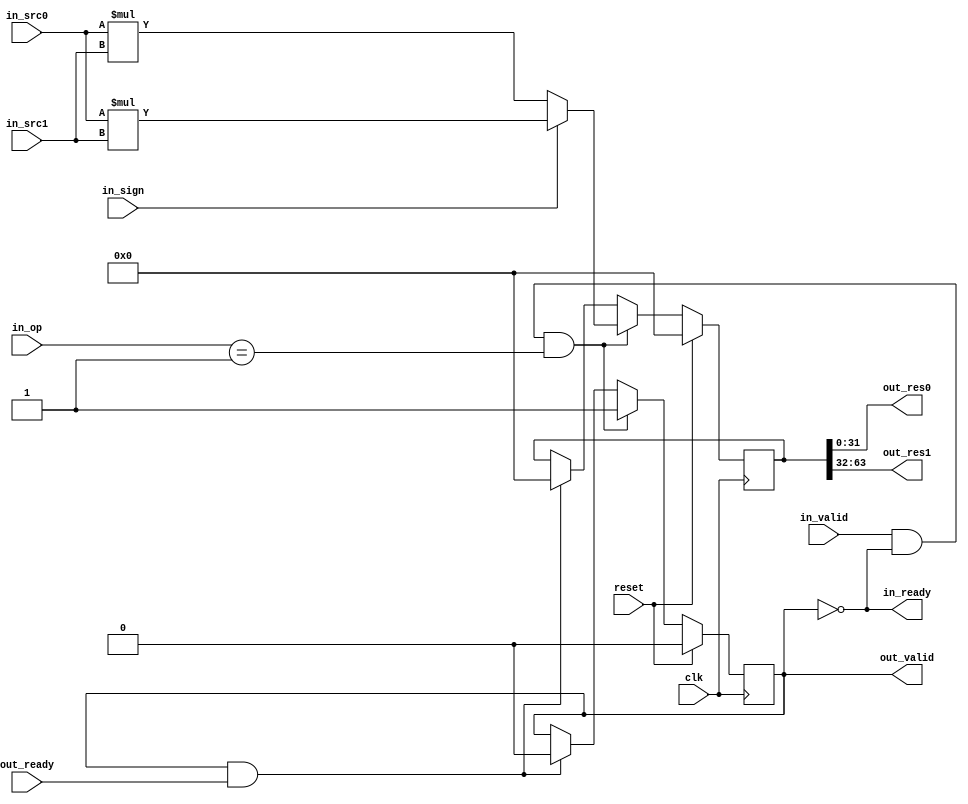
`define  IDLE 2'b00
`define  MUL  2'b01
`define  DIV  2'b10

module MulUnit(
    input wire clk,
    input wire reset,
    input wire [31:0] in_src0,
    input wire [31:0] in_src1,
    input wire [1:0] in_op,
    input wire in_sign,
    output wire in_ready,
    input wire in_valid,
    input wire out_ready,
    output wire out_valid,
    output wire [31:0] out_res0,
    output wire [31:0] out_res1
);
    reg done;
    reg [63:0] tmp;
    wire signed [63:0] sr = $signed(in_src0) * $signed(in_src1);
    wire [63:0] usr = in_src0 * in_src1;

    assign {out_res1, out_res0, in_ready, out_valid} = {tmp, !done, done};

    always@(posedge clk) begin
        if(reset) begin
            done <= 'h0;
            tmp <= 'h0;
        end 
        else if(in_valid & in_ready & (in_op == `MUL)) begin
            tmp <= in_sign ? sr : usr;
            done <= 'h1;
        end 
        else if(out_valid & out_ready) begin
            tmp <= 'h0;
            done <= 'h0;
        end
    end
endmodule

module DivUnit(
    input wire clk,
    input wire reset,
    input wire [31:0] in_src0,
    input wire [31:0] in_src1,
    input wire [1:0] in_op,
    input wire in_sign,
    output wire in_ready,
    input wire in_valid,
    input wire out_ready,
    output wire out_valid,
    output wire [31:0] out_res0,
    output wire [31:0] out_res1
);
    wire negSrcBits [1:0];
    wire [31:0] absSrc [1:0];
    wire [63:0] absSrc64 [1:0];
    reg busy;
    reg [31:0] timer;
    reg [66:0] tmps [3:0];
    reg negResBits [1:0];
    wire [66:0] subs [2:0];
    wire[31:0] tmp[1:0];

    assign {negSrcBits[1], negSrcBits[0]} = {in_src1[31] & in_sign, in_src0[31] & in_sign};
    assign {absSrc[1], absSrc[0]} = {negSrcBits[1] ? -in_src1 : in_src1, negSrcBits[0] ? -in_src0 : in_src0};
    assign {absSrc64[1], absSrc64[0]} = {absSrc[1], 64'h0, absSrc[0]};
    assign {subs[2], subs[1], subs[0]} = {(tmps[0] << 2) - tmps[3], (tmps[0] << 2) - tmps[2], (tmps[0] << 2) - tmps[1]};
    assign {tmp[1], tmp[0]} = tmps[0][63:0];
    assign {out_res1, out_res0} = {negResBits[1] ? -tmp[1] : tmp[1], negResBits[0] ? -tmp[0] : tmp[0]};
    assign {in_ready, out_valid} = {!busy, !timer[1] & busy};

    always@(posedge clk) begin
        if(reset) begin
            {negResBits[1], negResBits[0], timer, tmps[3], tmps[2], tmps[1], tmps[0], busy} <= 0;
        end else if(in_valid & in_ready & in_op == `DIV) begin
            timer <= 32'hffffffff;
            {negResBits[1], negResBits[0]} <= {negSrcBits[0], negSrcBits[0] ^ negSrcBits[1]};
            {tmps[3], tmps[2], tmps[1], tmps[0]} <= {({3'b0, absSrc64[1]} << 1) + {3'b0, absSrc64[1]}, {3'b0, absSrc64[1]} << 1, {3'b0, absSrc64[1]}, {3'b0, absSrc64[0]}};
            busy <= 'b1;
        end else begin
            if(out_valid & out_ready) begin
                busy <= 'b0;
            end
            if(timer[15] & (tmps[0][47:16] < tmps[1][63:32])) begin
                timer <= timer >> 16;
                tmps[0] <= tmps[0] << 16;
            end 
            else if(timer[7] & (tmps[0][55:24] < tmps[1][63:32])) begin
                timer <= timer >> 8;
                tmps[0] <= tmps[0] << 8;
            end 
            else if(timer[3] & (tmps[0][59:28] < tmps[1][63:32])) begin
                timer <= timer >> 4;
                tmps[0] <= tmps[0] << 4;
            end 
            else if(timer[0]) begin
                timer <= timer >> 2;
                tmps[0] <= !subs[2][66] ? subs[2] + 'd3 : !subs[1][66] ? subs[1] + 'd2 : !subs[0][66] ? subs[0] + 'd1 : (tmps[0] << 2);
            end
        end
     end
endmodule

module MulDivUnit(
    input wire clk,
    input wire reset,
    input wire [31:0] in_src0,
    input wire [31:0] in_src1,
    input wire [1:0] in_op,
    input wire in_sign,
    output wire in_ready,
    input wire in_valid,
    input wire out_ready,
    output wire out_valid,
    output wire [31:0] out_res0,
    output wire [31:0] out_res1
);
    wire [31:0] mul_out_res [1:0];
    wire [31:0] div_out_res [1:0];
    reg [1:0] op;
    
    always@(posedge clk) begin
        if(reset)
            op  <= 'h0;
        else if(in_ready & in_valid)
            op <= in_op;
        else if(out_ready & out_valid)
            op <= 'h0;
    end

    MulUnit MulUnit(
        .clk(clk), 
        .reset(reset), 
        .in_src0(in_src0),
        .in_src1(in_src1),
        .in_op(in_op), 
        .in_sign(in_sign), 
        .in_ready(mul_in_ready), 
        .in_valid(in_valid), 
        .out_ready(out_ready), 
        .out_valid(mul_out_valid), 
        .out_res0(mul_out_res[0]),
        .out_res1(mul_out_res[1])
    );
            
    DivUnit DivUnit(
        .clk(clk), 
        .reset(reset), 
        .in_src0(in_src0),
        .in_src1(in_src1),
        .in_op(in_op), 
        .in_sign(in_sign), 
        .in_ready(div_in_ready), 
        .in_valid(in_valid), 
        .out_ready(out_ready), 
        .out_valid(div_out_valid), 
        .out_res0(div_out_res[0]),
        .out_res1(div_out_res[1])
    );
    
    assign in_ready = mul_in_ready & div_in_ready;
    assign out_valid = mul_out_valid | div_out_valid;
    assign {out_res1, out_res0} = (op == `DIV) ? {div_out_res[1], div_out_res[0]} : {mul_out_res[1], mul_out_res[0]};
endmodule